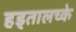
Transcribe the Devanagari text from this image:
हड्तालच्के